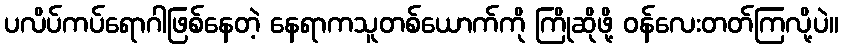
ပလိပ်ကပ်ရောဂါဖြစ်နေတဲ့ နေရာကသူတစ်ယောက်ကို ကြိုဆိုဖို့ ဝန်လေးတတ်ကြလို့ပဲ။